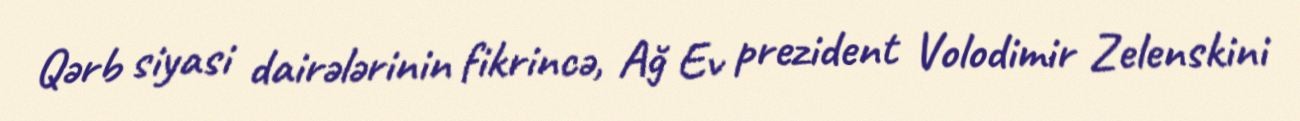
Qərb siyasi dairələrinin fikrincə, Ağ Ev prezident Volodimir Zelenskini